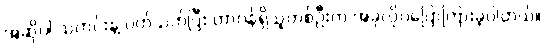
အဆိုပါ သတင်းနဲ့ ပတ်သက်ပြီး တာဝန်ရှိသူတစ်ဦးက အခုလိုပဲပြောကြားခဲ့ပါတယ်။